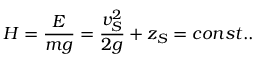
H = \frac { E } { m g } = \frac { v _ { S } ^ { 2 } } { 2 g } + z _ { S } = c o n s t . .